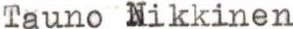
Tauno Nikkinen